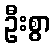
ဦးစွာ